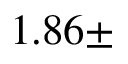
1 . 8 6 \pm